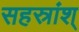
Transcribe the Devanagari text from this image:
सहस्रांश्